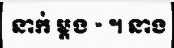
នាក់ ម្តង » ។ នាង